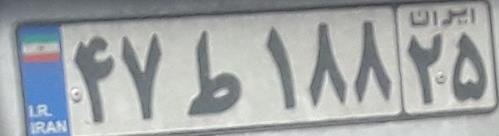
۴۷ط۱۸۸۲۵